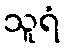
သူရံ